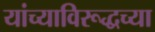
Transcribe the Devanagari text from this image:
यांच्याविरूद्धच्या